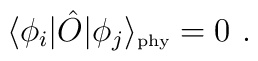
\langle\phi_i|\hat{O}|\phi_j\rangle_{\mbox{\tiny phy}} =0 \ .